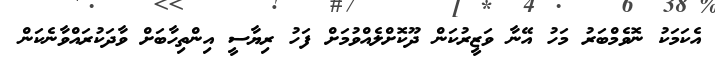
އެކަމަކު ނޮވެމްބަރު މަހު އޭނާ ވަޒީރުކަން ދޫކޮށްލެއްވުމަށް ފަހު ރިޔާސީ އިންތިހާބަށް ވާދަކުރައްވާނެކަން